Civil Veterinary Dept. North-West Frontier Province 1933-46 - 1933-1946
Year: 1933
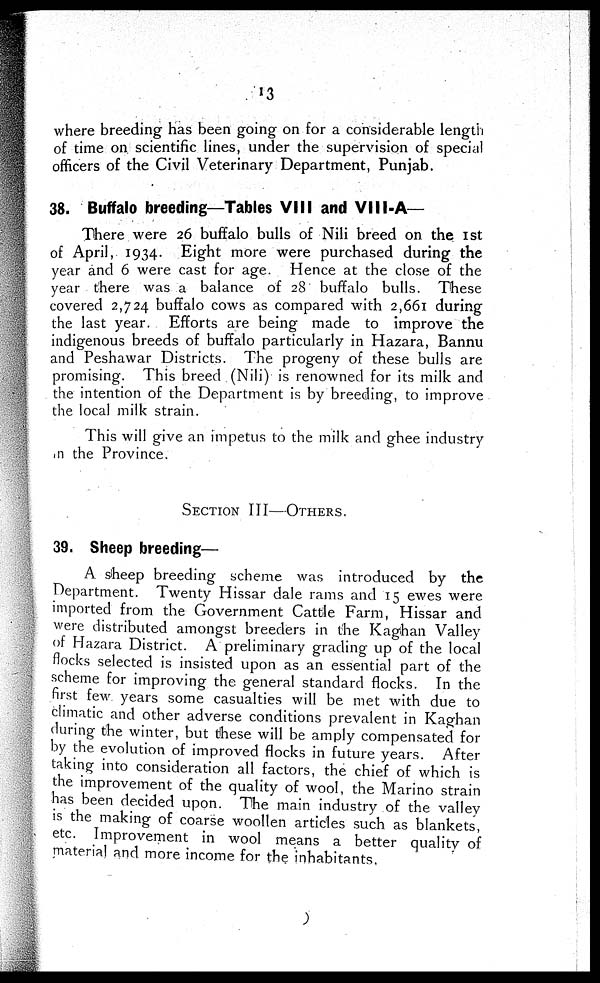
13
where breeding has been going on for a considerable length
of time on scientific lines, under the supervision of special
officers of the Civil Veterinary Department, Punjab.
38. Buffalo breeding—Tables VIII and VIII-A—
There were 26 buffalo bulls of Nili breed on the 1st
of April, 1934. Eight more were purchased during the
year and 6 were cast for age. Hence at the close of the
year there was a balance of 28 buffalo bulls. These
covered 2,724 buffalo cows as compared with 2,661 during
the last year. Efforts are being made to improve the
indigenous breeds of buffalo particularly in Hazara, Bannu
and Peshawar Districts. The progeny of these bulls are
promising. This breed (Nili) is renowned for its milk and
the intention of the Department is by breeding, to improve
the local milk strain.
This will give an impetus to the milk and ghee industry
in the Province.
SECTION III—OTHERS.
39. Sheep breeding—
A sheep breeding scheme was introduced by the
Department. Twenty Hissar dale rams and 15 ewes were
imported from the Government Cattle Farm, Hissar and
were distributed amongst breeders in the Kaghan Valley
of Hazara District. A preliminary grading up of the local
flocks selected is insisted upon as an essential part of the
scheme for improving the general standard flocks. In the
first few years some casualties will be met with due to
climatic and other adverse conditions prevalent in Kaghan
during the winter, but these will be amply compensated for
by the evolution of improved flocks in future years. After
taking into consideration all factors, the chief of which is
the improvement of the quality of wool, the Marino strain
has been decided upon. The main industry of the valley
is the making of coarse woollen articles such as blankets,
etc. Improvement in wool means a better quality of
material and more income for the inhabitants.